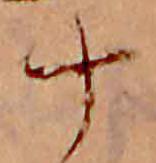
十